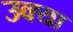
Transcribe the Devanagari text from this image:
उक्या